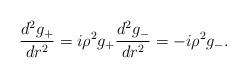
LaTeX: \begin{align*} \frac{d^{2}g_{+}}{dr^{2}} = i\rho^{2} g_{+} \frac{d^{2}g_{-}}{dr^{2}} = - i\rho^{2} g_{-} .\end{align*}